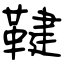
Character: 鞬